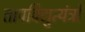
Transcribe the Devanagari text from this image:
तापविद्युत्यंत्रों